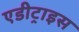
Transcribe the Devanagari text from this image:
एडीट्राइस